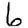
Digit: 6